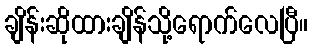
ချိန်းဆိုထားချိန်သို့ရောက်လေပြီ။